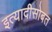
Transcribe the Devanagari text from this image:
इत्यादीसोबत